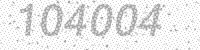
Solution: 104004